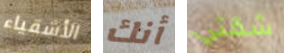
الأشقياء أنك شقتي